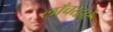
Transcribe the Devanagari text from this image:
लाँचरद्वारे